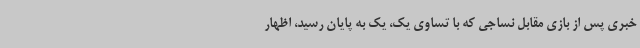
خبری پس از بازی مقابل نساجی که با تساوی یک، یک به پایان رسید، اظهار